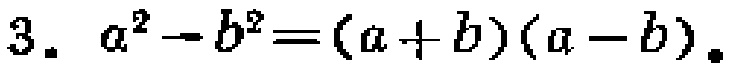
$3.\ a^{2}-b^{2}=(a + b)(a - b).$